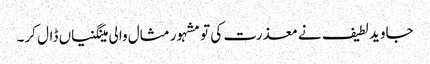
جاوید لطیف نے معذرت کی تو مشہور مثال والی مینگنیاں ڈال کر۔